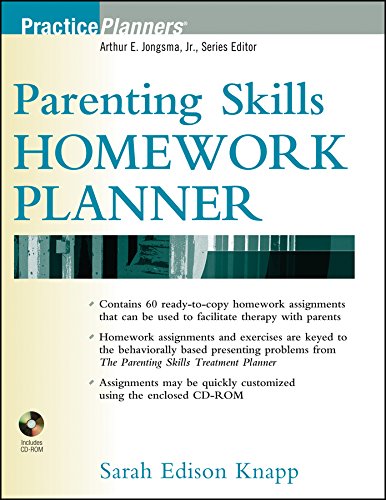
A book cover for Parenting Skills Homework Planner; Sarah Edison Knapp; Medical Books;